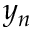
y _ { n }